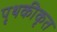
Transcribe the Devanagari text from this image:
पृथकीकृत